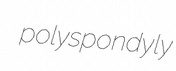
polyspondyly